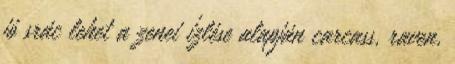
jó srác lehet a zenei í­zlése alapján carcass, raven,